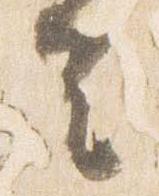
去